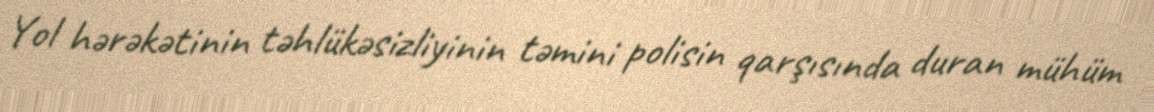
Yol hərəkətinin təhlükəsizliyinin təmini polisin qarşısında duran mühüm